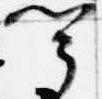
聞